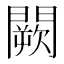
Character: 闕